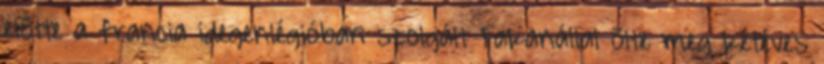
előtte a francia idegenlégióban szolgált Fakanállal ölte meg kétéves